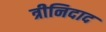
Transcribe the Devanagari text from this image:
त्रीनिदाद